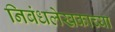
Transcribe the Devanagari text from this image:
निबंधलेखकाच्या